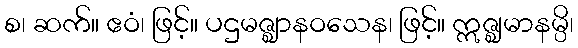
စ၊ ဆက်။ ဧဝံ၊ ဖြင့်။ ပဌမဇ္ဈာနဝသေန၊ ဖြင့်။ ဣဇ္ဈမာနမ္ပိ၊